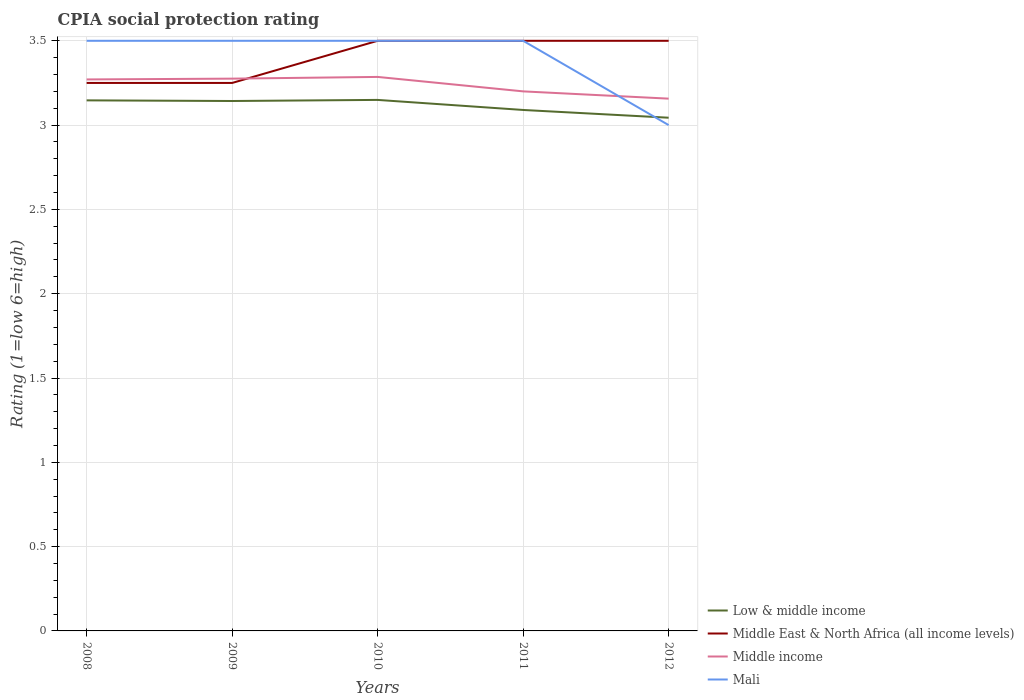
| Years | Low & middle income | Middle East & North Africa (all income levels) | Middle income | Mali |
 | --- | --- | --- | --- | --- |
 | 2008 | 3.15 | 3.25 | 3.27 | 3.5 |
 | 2009 | 3.14 | 3.25 | 3.28 | 3.5 |
 | 2010 | 3.15 | 3.5 | 3.29 | 3.5 |
 | 2011 | 3.09 | 3.5 | 3.2 | 3.5 |
 | 2012 | 3.04 | 3.5 | 3.16 | 3 |